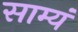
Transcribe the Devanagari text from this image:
साम्यं